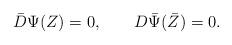
LaTeX: \begin{align*}\bar D\Psi(Z)=0, \qquad D\bar\Psi(\bar Z)=0.\end{align*}